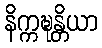
နိက္ကဍ္ဎန္တိယာ